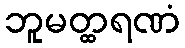
ဘူမတ္ထရဏံ